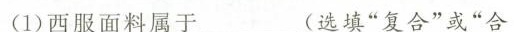
(1)西服面料属于___(选填”复合”或”合